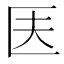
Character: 𠤱